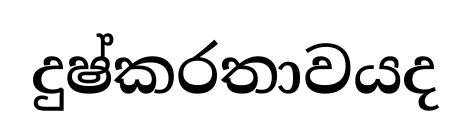
දුෂ්කරතාවයද